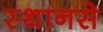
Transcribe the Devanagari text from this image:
स्थानसे